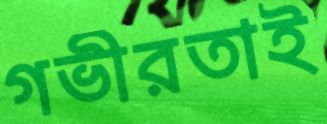
গভীরতাই